Vaccination in Bombay 1869-1873 - 1869-1873
Year: 1869
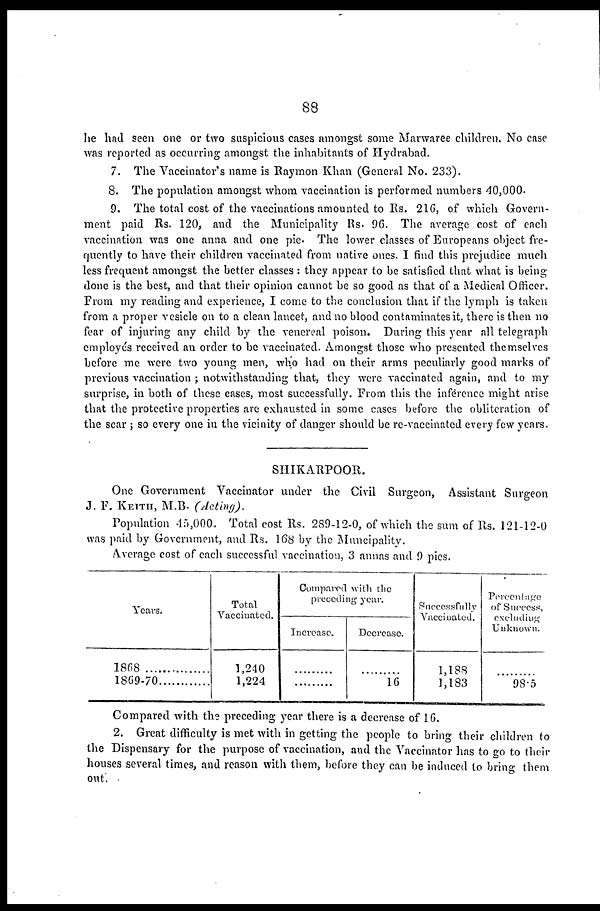
88
he had seen one or two suspicious cases amongst some Marwaree children. No case
was reported as occurring amongst the inhabitants of Hydrabad.
7. The Vaccinator's name is Raymon Khan (General No. 233).
8. The population amongst whom vaccination is performed numbers 40,000.
9. The total cost of the vaccinations amounted to Rs. 216, of which Govern-
ment paid Rs. 120, and the Municipality Rs. 96. The average cost of each
vaccination was one anna and one pie. The lower classes of Europeans object fre-
quently to have their children vaccinated from native ones. I find this prejudice much
less frequent amongst the better classes : they appear to be satisfied that what is being
done is the best, and that their opinion cannot be so good as that of a Medical Officer.
From my reading and experience, I come to the conclusion that if the lymph is taken
from a proper vesicle on to a clean lancet, and no blood contaminates it, there is then no
fear of injuring any child by the venereal poison. During this year all telegraph
employés received an order to be vaccinated. Amongst those who presented themselves
before me were two young men, who had on their arms peculiarly good marks of
previous vaccination ; notwithstanding that, they were vaccinated again, and to my
surprise, in both of these cases, most successfully. From this the inference might arise
that the protective properties are exhausted in some cases before the obliteration of
the scar ; so every one in the vicinity of danger should be re-vaccinated every few years.
SHIKARPOOR.
One Government Vaccinator under the Civil Surgeon, Assistant Surgeon
J. F. KEITH, M.B. (Acting).
Population 45,000. Total cost Rs. 289-12-0, of which the sum of Rs. 121-12-0
was paid by Government, and Rs. 168 by the Municipality.
Average cost of each successful vaccination, 3 annas and 9 pies.
Years.
1868
...............
1869-70............
Total
Vaccinated.
1,240
1,224
Compared with the
preceding year.
Increase.
.........
.........
Decrease.
.........
16
Successfully
Vaccinated.
1,188
1,183
Percentage
of Success,
excluding
Unknown.
.........
98.5
Compared with the preceding year there is a decrease of 16.
2. Great difficulty is met with in getting the people to bring their children to
the Dispensary for the purpose of vaccination, and the Vaccinator has to go to their
houses several times, and reason with them, before they can be induced to bring them
out.